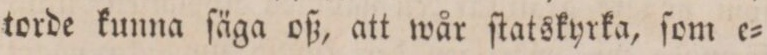
torde kunna ſäga oß, att wår ſtatskyrka, ſom e=